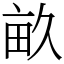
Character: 畝